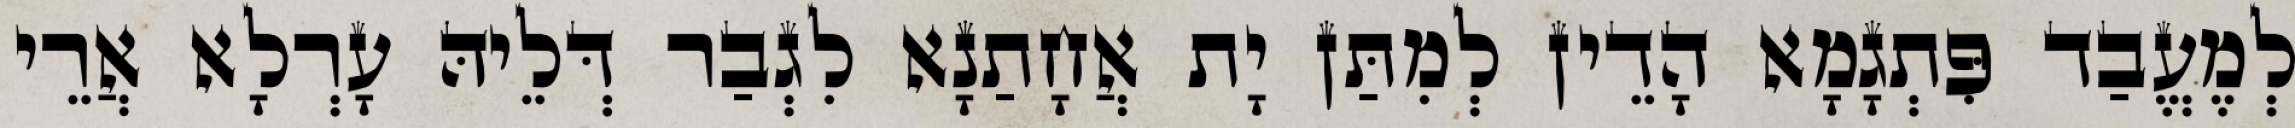
לְמֶעֱבַד פִּתְגָמָא הָדֵין לְמִתַּן יָת אֲחָתַנָא לִגְבַר דְּלֵיהּ עָרְלָא אֲרֵי